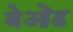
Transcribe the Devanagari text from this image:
बेओंड